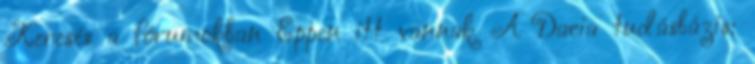
Keresés a fórumokban Éppen itt vannak A Dacia tudásbázis: